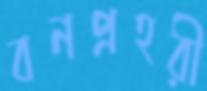
বনপ্রহরী